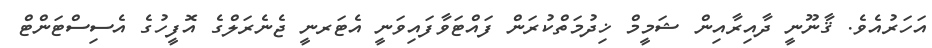
އަހަރުއެވެ. ޤާނޫނީ ދާއިރާއިން ޝަމީމް ޚިދުމަތްކުރަން ފައްޓަވާފައިވަނީ އެޓަރނީ ޖެނެރަލްގެ އޮފީހުގެ އެސިސްޓަންޓް